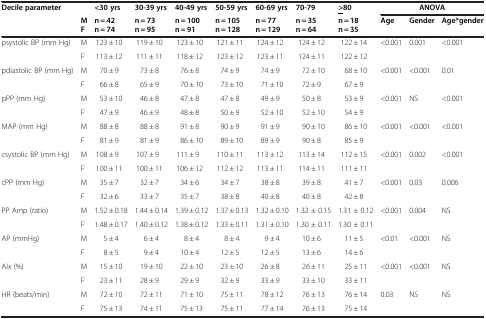
<table><thead><tr><td rowspan="3"><b>Decile parameter</b></td><td><b> </b></td><td><b>&lt;30 yrs</b></td><td><b>30-39 yrs</b></td><td><b>40-49 yrs</b></td><td><b>50-59 yrs</b></td><td><b>60-69 yrs</b></td><td><b>70-79</b></td><td><b><underline>&gt;</underline>80</b></td><td colspan="3"><b>ANOVA</b></td></tr><tr><td><b>M</b></td><td><b>n = 42</b></td><td><b>n = 73</b></td><td><b>n = 100</b></td><td><b>n = 105</b></td><td><b>n = 77</b></td><td><b>n = 35</b></td><td><b>n = 18</b></td><td rowspan="2"><b>Age</b></td><td rowspan="2"><b>Gender</b></td><td rowspan="2"><b>Age*gender</b></td></tr><tr><td><b>F</b></td><td><b>n = 74</b></td><td><b>n = 95</b></td><td><b>n = 91</b></td><td><b>n = 128</b></td><td><b>n = 129</b></td><td><b>n = 64</b></td><td><b>n = 35</b></td></tr></thead><tbody><tr><td rowspan="2">psystolic BP (mm Hg)</td><td>M</td><td>123 ± 10</td><td>119 ± 10</td><td>123 ± 10</td><td>121 ± 11</td><td>124 ± 12</td><td>124 ± 12</td><td>122 ± 14</td><td>&lt;0.001</td><td>0.001</td><td>&lt;0.001</td></tr><tr><td>F</td><td>113 ± 12</td><td>111 ± 11</td><td>118 ± 12</td><td>123 ± 12</td><td>123 ± 11</td><td>124 ± 11</td><td>122 ± 12</td><td colspan="3"> </td></tr><tr><td rowspan="2">pdiastolic BP (mm Hg)</td><td>M</td><td>70 ± 9</td><td>73 ± 8</td><td>76 ± 8</td><td>74 ± 9</td><td>74 ± 9</td><td>72 ± 10</td><td>68 ± 10</td><td>&lt;0.001</td><td>&lt;0.001</td><td>0.01</td></tr><tr><td>F</td><td>66 ± 8</td><td>65 ± 9</td><td>70 ± 10</td><td>73 ± 10</td><td>71 ± 10</td><td>72 ± 9</td><td>67 ± 9</td><td colspan="3"> </td></tr><tr><td rowspan="2">pPP (mm Hg)</td><td>M</td><td>53 ± 10</td><td>46 ± 8</td><td>47 ± 8</td><td>47 ± 8</td><td>49 ± 9</td><td>50 ± 8</td><td>53 ± 9</td><td>&lt;0.001</td><td>NS</td><td>&lt;0.001</td></tr><tr><td>F</td><td>47 ± 9</td><td>46 ± 9</td><td>48 ± 8</td><td>50 ± 9</td><td>52 ± 10</td><td>52 ± 10</td><td>54 ± 9</td><td colspan="3"> </td></tr><tr><td rowspan="2">MAP (mm Hg)</td><td>M</td><td>88 ± 8</td><td>88 ± 8</td><td>91 ± 8</td><td>90 ± 9</td><td>91 ± 9</td><td>90 ± 10</td><td>86 ± 10</td><td>&lt;0.001</td><td>&lt;0.001</td><td>&lt;0.001</td></tr><tr><td>F</td><td>81 ± 9</td><td>81 ± 9</td><td>86 ± 10</td><td>89 ± 10</td><td>89 ± 9</td><td>90 ± 8</td><td>85 ± 9</td><td colspan="3"> </td></tr><tr><td rowspan="2">csystolic BP (mm Hg)</td><td>M</td><td>108 ± 9</td><td>107 ± 9</td><td>111 ± 9</td><td>110 ± 11</td><td>113 ± 12</td><td>113 ± 14</td><td>112 ± 15</td><td>&lt;0.001</td><td>0.002</td><td>&lt;0.001</td></tr><tr><td>F</td><td>100 ± 11</td><td>100 ± 11</td><td>106 ± 12</td><td>112 ± 12</td><td>113 ± 11</td><td>114 ± 11</td><td>111 ± 11</td><td colspan="3"> </td></tr><tr><td rowspan="2">cPP (mm Hg)</td><td>M</td><td>35 ± 7</td><td>32 ± 7</td><td>34 ± 6</td><td>34 ± 7</td><td>38 ± 8</td><td>39 ± 8</td><td>41 ± 7</td><td>&lt;0.001</td><td>0.03</td><td>0.006</td></tr><tr><td>F</td><td>32 ± 6</td><td>33 ± 7</td><td>35 ± 7</td><td>38 ± 8</td><td>40 ± 8</td><td>40 ± 8</td><td>42 ± 8</td><td colspan="3"> </td></tr><tr><td>PP Amp (ratio)</td><td>M</td><td>1.52 ± 0.18</td><td>1.44 ± 0.14</td><td>1.39 ± 0.12</td><td>1.37 ± 0.13</td><td>1.32 ± 0.10</td><td>1.32 ± 0.15</td><td>1.31 ± 0.12</td><td>&lt;0.001</td><td>0.004</td><td>NS</td></tr><tr><td> </td><td>F</td><td>1.48 ± 0.17</td><td>1.40 ± 0.12</td><td>1.38 ± 0.12</td><td>1.33 ± 0.11</td><td>1.31 ± 0.10</td><td>1.30 ± 0.11</td><td>1.30 ± 0.11</td><td colspan="3"> </td></tr><tr><td rowspan="2">AP (mmHg)</td><td>M</td><td>5 ± 4</td><td>6 ± 4</td><td>8 ± 4</td><td>8 ± 4</td><td>9 ± 4</td><td>10 ± 6</td><td>11 ± 5</td><td>&lt;0.01</td><td>&lt;0.001</td><td>NS</td></tr><tr><td>F</td><td>8 ± 5</td><td>9 ± 4</td><td>10 ± 4</td><td>12 ± 5</td><td>12 ± 5</td><td>13 ± 6</td><td>14 ± 6</td><td colspan="3"> </td></tr><tr><td rowspan="2">AIx (%)</td><td>M</td><td>15 ± 10</td><td>19 ± 10</td><td>22 ± 10</td><td>23 ± 10</td><td>26 ± 8</td><td>26 ± 11</td><td>25 ± 11</td><td>&lt;0.001</td><td>&lt;0.001</td><td>NS</td></tr><tr><td>F</td><td>23 ± 11</td><td>28 ± 9</td><td>29 ± 9</td><td>32 ± 9</td><td>33 ± 9</td><td>33 ± 10</td><td>33 ± 11</td><td colspan="3"> </td></tr><tr><td rowspan="2">HR (beats/min)</td><td>M</td><td>72 ± 10</td><td>72 ± 11</td><td>71 ± 10</td><td>75 ± 11</td><td>78 ± 12</td><td>76 ± 13</td><td>76 ± 14</td><td>0.03</td><td>NS</td><td>NS</td></tr><tr><td>F</td><td>75 ± 13</td><td>74 ± 11</td><td>75 ± 13</td><td>75 ± 11</td><td>77 ± 14</td><td>76 ± 13</td><td>75 ± 14</td><td colspan="3"> </td></tr></tbody></table>